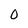
Character: 0